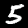
Digit: 5